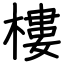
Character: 樓